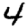
Digit: 4